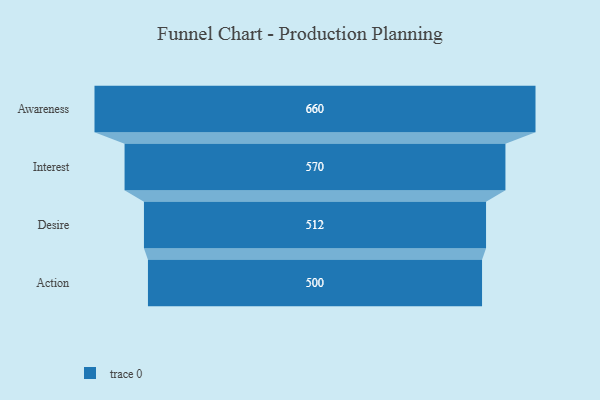
{"axis": {"x": "Stage", "y": "Value"}, "legend": [""], "data": [{"x": "Awareness", "y": 660.0, "type": ""}, {"x": "Interest", "y": 570.0, "type": ""}, {"x": "Desire", "y": 512.0, "type": ""}, {"x": "Action", "y": 500, "type": ""}]}